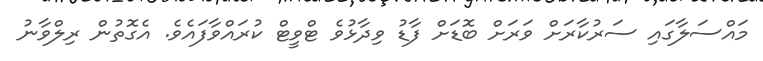
މައްސަލާގައި ސަރުކާރަށް ވަރަށް ބޮޑަށް ފާޑު ވިދާޅުވެ ޓްވީޓް ކުރައްވާފައެވެ. އެގޮތުން ރިލްވާނު